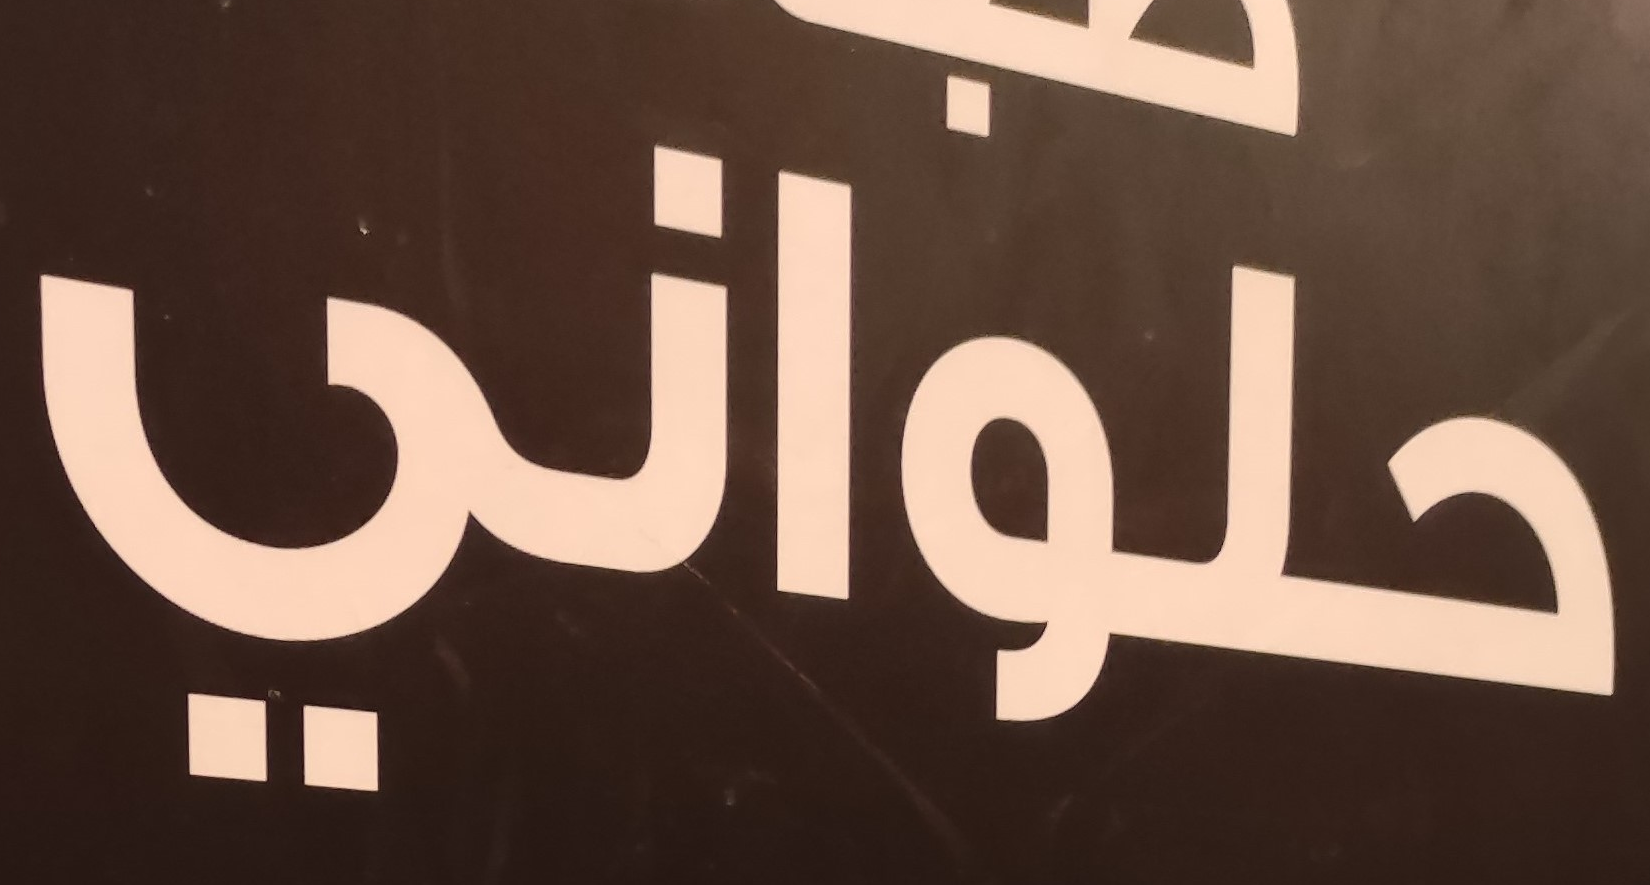
حلواني